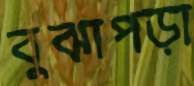
বুঝাপড়া